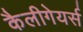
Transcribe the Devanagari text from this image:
कैलीगेयर्स